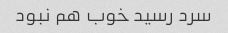
سرد رسید خوب هم نبود